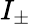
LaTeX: I_{\pm}